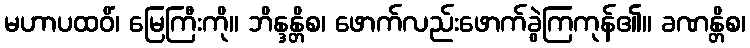
မဟာပထဝိံ၊ မြေကြီးကို။ ဘိန္ဒန္တိစ၊ ဖောက်လည်းဖောက်ခွဲကြကုန်၏။ ခဏန္တိစ၊